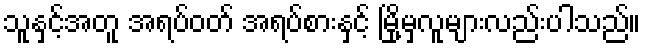
သူနှင့်အတူ အရပ်ဝတ် အရပ်စားနှင့် မြို့မှလူများလည်းပါသည်။